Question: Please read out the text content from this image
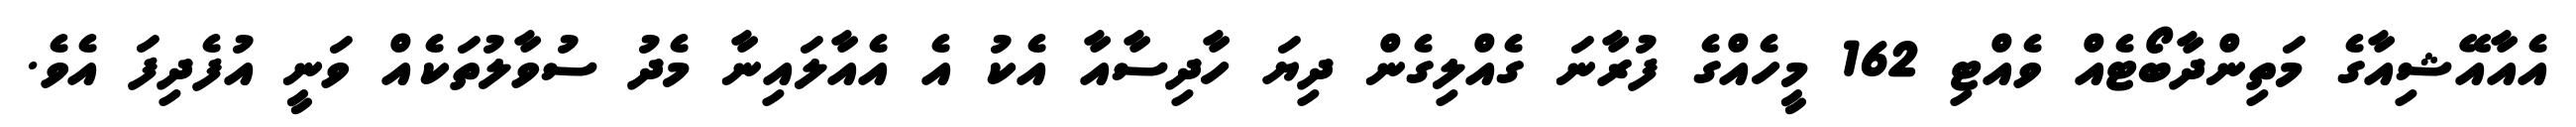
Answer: އެއާއޭޝިއާގެ މަތިންދާބޯޓެއް ވެއްޓި 162 މީހެއްގެ ފުރާނަ ގެއްލިގެން ދިޔަ ހާދިސާއާ އެކު އެ އެއާލައިނާ މެދު ސުވާލުތަކެއް ވަނީ އުފެދިފަ އެވެ.